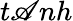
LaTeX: t\mathscr{A}nh